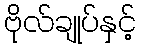
ဗိုလ်ချုပ်နှင့်